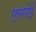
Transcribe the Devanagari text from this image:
एलनेई